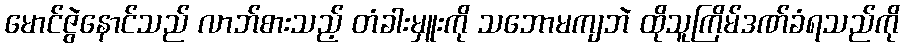
မောင်ဇွဲနောင်သည် လာဘ်စားသည့် တံခါးမှူးကို သဘောမကျဘဲ ထိုသူကြိမ်ဒဏ်ခံရသည်ကို